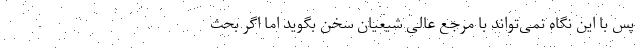
پس با این نگاه نمی‌تواند با مرجع عالی شیعیان سخن بگوید اما اگر بحث